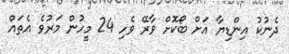
ދެނުކު އިންޑިޔާ އަށް ބޯކޮށް ވާރޭ ވެހި 24 މީހުން މަރުވެ އެތައް